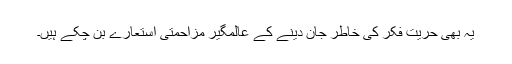
یہ بھی حریت فکر کی خاطر جان دینے کے عالمگیر مزاحمتی استعارے بن چکے ہیں۔